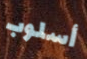
أسلوب